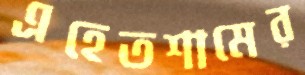
এহেতশামের